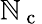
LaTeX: \mathbb{N}_{\mathrm{{~c~}}}